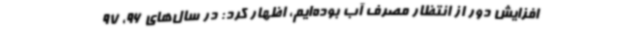
افزایش دور از انتظار مصرف آب بوده‌ایم، اظهار کرد: در سال‌های 96، 97